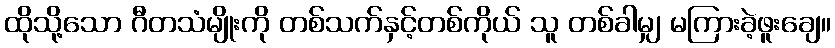
ထိုသို့သော ဂီတသံမျိုးကို တစ်သက်နှင့်တစ်ကိုယ် သူ တစ်ခါမျှ မကြားခဲ့ဖူးချေ။